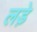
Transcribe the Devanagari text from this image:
लडे़